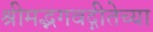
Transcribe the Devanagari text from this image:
श्रीमद्भगवद्गीतेच्या